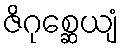
ဇိဂုစ္ဆေယျံ